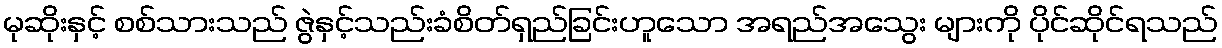
မုဆိုးနှင့် စစ်သားသည် ဇွဲနှင့်သည်းခံစိတ်ရှည်ခြင်းဟူသော အရည်အသွေး များကို ပိုင်ဆိုင်ရသည်